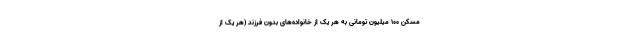
مسکن ۱۰۰ میلیون تومانی به هر یک از خانواده‌های بدون فرزند (هر یک از